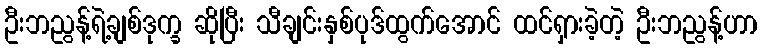
ဦးဘညွန့်ရဲ့ချစ်ဒုက္ခ ဆိုပြီး သီချင်းနှစ်ပုဒ်ထွက်အောင် ထင်ရှားခဲ့တဲ့ ဦးဘညွန့်ဟာ